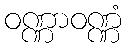
ဝဏ္ဏာဝဏ္ဏံ